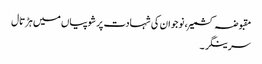
مقبوضہ کشمیر، نوجوان کی شہادت پر شوپیاں میں ہڑتال
سرینگر ۔